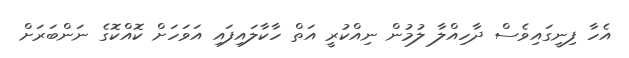
އެހާ ފިނީގައިވެސް ދާހިއްލާ ލުމުން ނިއްކުރީ އަތް ހާކާލައިފައި އަވަހަށް ކޮއްކޮގެ ނަންބަރަށް